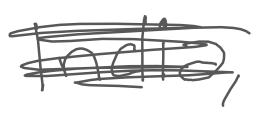
Text: India,
Cross-out: mix
Writing tool: digital_gray